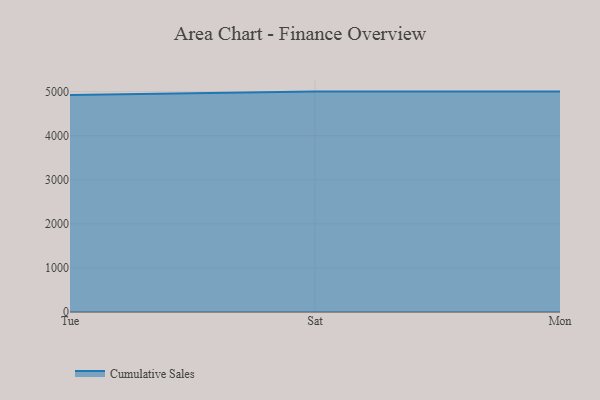
{"axis": {"x": "Day", "y": "Production Output"}, "legend": ["Cumulative Sales"], "data": [{"x": "Tue", "y": 4923.3, "type": "Cumulative Sales"}, {"x": "Sat", "y": 5000, "type": "Cumulative Sales"}, {"x": "Mon", "y": 5000, "type": "Cumulative Sales"}]}